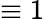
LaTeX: \equiv 1